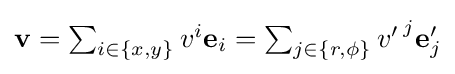
{\textstyle \mathbf {v} =\sum _{i\in \{x,y\}}v^{i}{\mathbf {e} }_{i}=\sum _{j\in \{r,\phi \}}{v'\,}^{j}\mathbf {e} '_{j}}